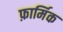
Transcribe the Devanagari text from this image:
फ़ार्मिक